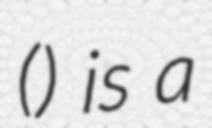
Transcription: () is a